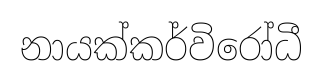
නායක්කර්විරෝධී